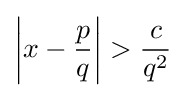
\left|{x-{\frac {p}{q}}}\right|>{\frac {c}{q^{2}}}\